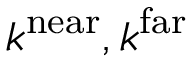
k ^ { \mathrm { n e a r } } , k ^ { \mathrm { f a r } }